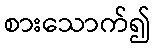
စားသောက်၍